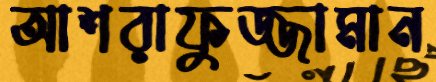
আশরাফুজ্জামান